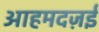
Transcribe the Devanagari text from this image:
आहमदज़ई